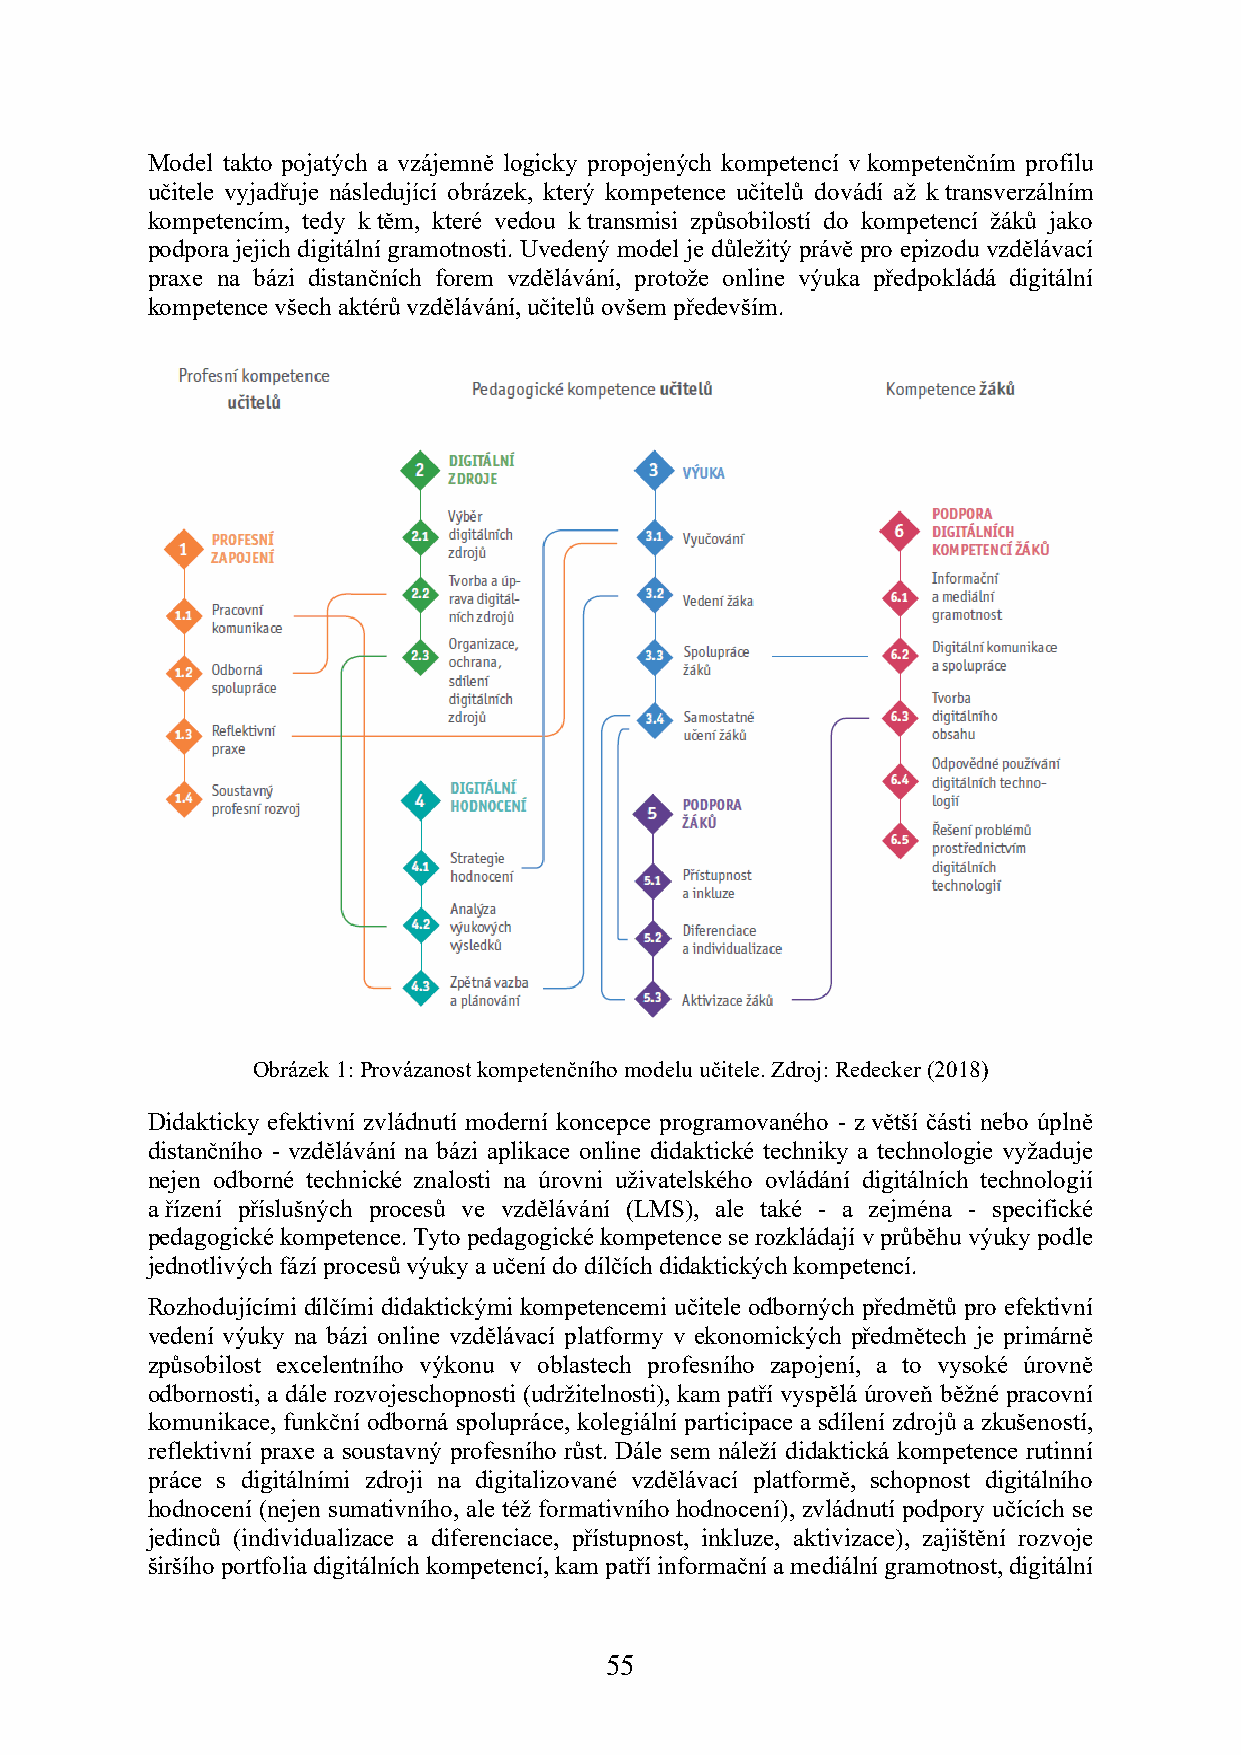
Model takto pojatých a vzájemně logicky propojených kompetencí v kompetenčním profilu
 učitele vyjadřuje následující obrázek, který kompetence učitelů dovádí až k transverzálním
 kompetencím, tedy k těm, které vedou k transmisi způsobilostí do kompetencí žáků jako
 podpora jejich digitální gramotnosti. Uvedený model je důležitý právě pro epizodu vzdělávací
 praxe na bázi distančních forem vzdělávání, protože online výuka předpokládá digitální
 kompetence všech aktérů vzdělávání, učitelů ovšem především.
 Obrázek 1: Provázanost kompetenčního modelu učitele. Zdroj: Redecker (2018)
 Didakticky efektivní zvládnutí moderní koncepce programovaného - z větší části nebo úplně
 distančního - vzdělávání na bázi aplikace online didaktické techniky a technologie vyžaduje
 nejen odborné technické znalosti na úrovni uživatelského ovládání digitálních technologií
 a řízení příslušných procesů ve vzdělávání (LMS), ale také - a zejména - specifické
 pedagogické kompetence. Tyto pedagogické kompetence se rozkládají v průběhu výuky podle
 jednotlivých fází procesů výuky a učení do dílčích didaktických kompetencí.
 Rozhodujícími dílčími didaktickými kompetencemi učitele odborných předmětů pro efektivní
 vedení výuky na bázi online vzdělávací platformy v ekonomických předmětech je primárně
 způsobilost excelentního výkonu v oblastech profesního zapojení, a to vysoké úrovně
 odbornosti, a dále rozvojeschopnosti (udržitelnosti), kam patří vyspělá úroveň běžné pracovní
 komunikace, funkční odborná spolupráce, kolegiální participace a sdílení zdrojů a zkušeností,
 reflektivní praxe a soustavný profesního růst. Dále sem náleží didaktická kompetence rutinní
 práce s digitálními zdroji na digitalizované vzdělávací platformě, schopnost digitálního
 hodnocení (nejen sumativního, ale též formativního hodnocení), zvládnutí podpory učících se
 jedinců (individualizace a diferenciace, přístupnost, inkluze, aktivizace), zajištění rozvoje
 širšího portfolia digitálních kompetencí, kam patří informační a mediální gramotnost, digitální
 55